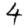
Digit: 4